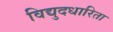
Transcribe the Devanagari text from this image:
विद्युदधारिता